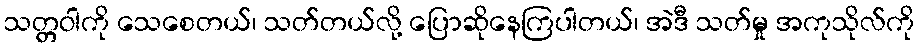
သတ္တဝါကို သေစေတယ်၊ သတ်တယ်လို့ ပြောဆိုနေကြပါတယ်၊ အဲဒီ သတ်မှု အကုသိုလ်ကို